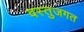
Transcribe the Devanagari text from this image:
वस्तुजगत